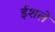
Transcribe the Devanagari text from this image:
ईशले